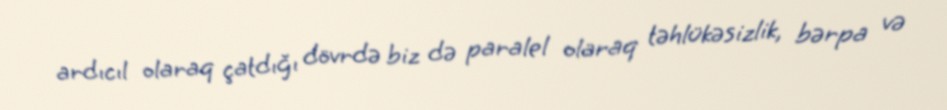
ardıcıl olaraq çatdığı dövrdə biz də paralel olaraq təhlükəsizlik, bərpa və